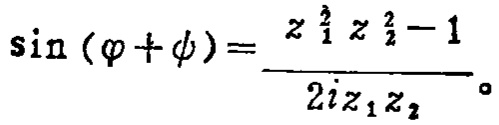
\(\sin(\varphi +\psi)=\frac{z_{1}^{\frac{1}{2}}z_{2}^{2}-1}{2iz_{1}z_{2}}\)